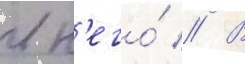
в н'его́ // В